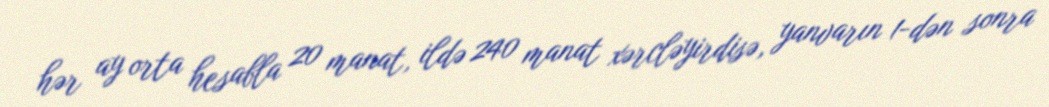
hər ay orta hesabla 20 manat, ildə 240 manat xərcləyirdisə, yanvarın 1-dən sonra